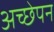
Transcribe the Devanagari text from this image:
अच्छेपन